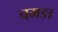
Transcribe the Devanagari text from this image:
चमङा